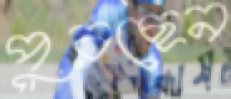
পুরছেন